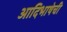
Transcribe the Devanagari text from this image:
आदिभाषेची